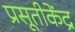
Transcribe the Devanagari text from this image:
प्रसूतीकेंद्र